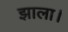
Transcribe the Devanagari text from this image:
झाला।